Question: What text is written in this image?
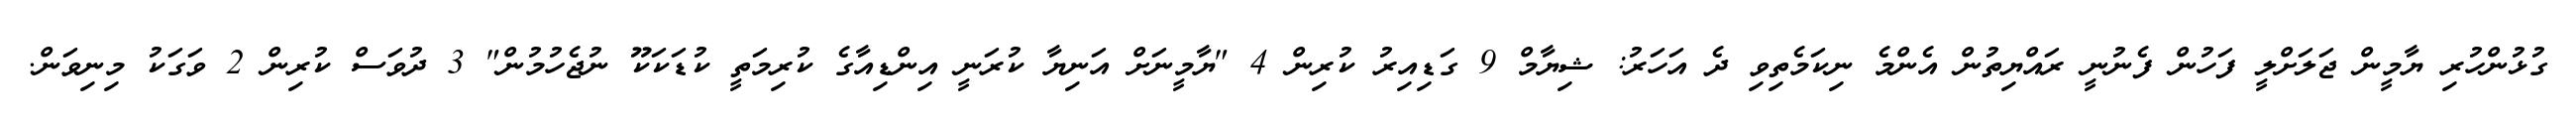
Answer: ގުޅުންހުރި ޔާމީން ޖަލަށްލީ ފަހުން ފެނުނީ ރައްޔިތުން އެންމެ ނިކަމެތިވި ދެ އަހަރު: ޝިޔާމް 9 ގަޑިއިރު ކުރިން 4 "ޔާމީނަށް އަނިޔާ ކުރަނީ އިންޑިއާގެ ކުރިމަތީ ކުޑަކަކޫ ނުޖެހުމުން" 3 ދުވަސް ކުރިން 2 ވަގަކު މިނިވަން.